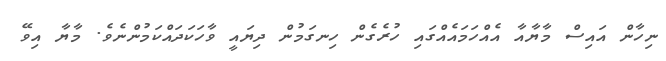
ނިހާން އައިސް މާޔާއާ އެއްހަމައެއްގައި ހުރެގެން ހިނގަމުން ދިޔައީ ވާހަކަދައްކަމުންނެވެ. މާޔާ އިވޭ